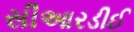
સીઆરડીઈ